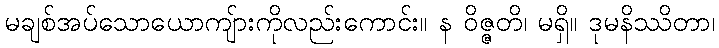
မချစ်အပ်သောယောကျ်ားကိုလည်းကောင်း။ န ဝိဇ္ဇတိ၊ မရှိ။ ဒုမနိဿိတာ၊